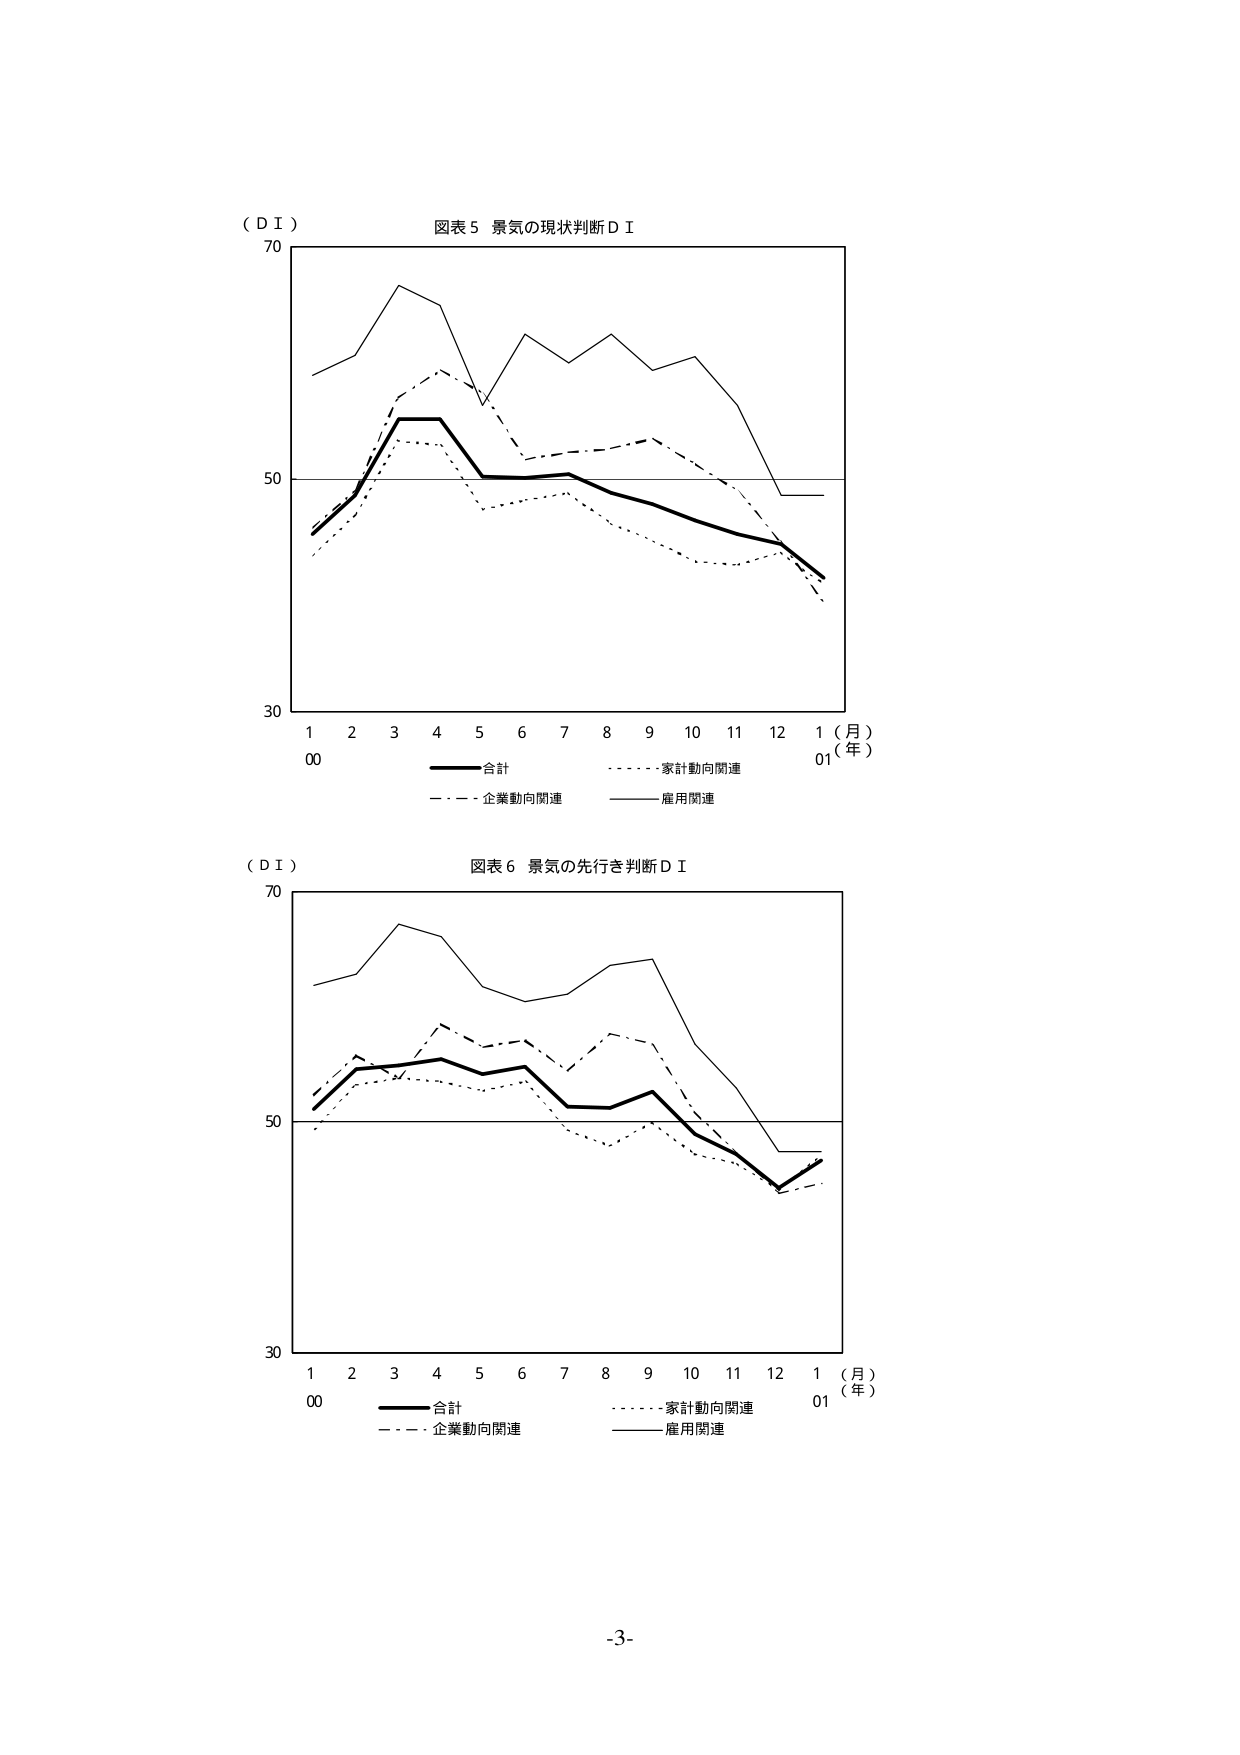
（ＤＩ）
図表５ 景気の現状判断ＤＩ
70
50
30
1 2 3 4 5 6 7 8 9 10 11 12 1（月）
00 01（年）
――――合計
・・・・・・家計動向関連
－－－－企業動向関連
――――雇用関連

（ＤＩ）
図表６ 景気の先行き判断ＤＩ
70
50
30
1 2 3 4 5 6 7 8 9 10 11 12 1（月）
00 01（年）
――――合計
・・・・・・家計動向関連
－－－－企業動向関連
――――雇用関連

-3-